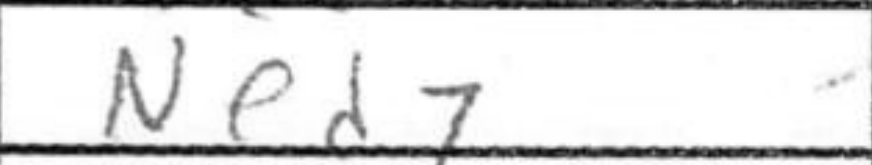
Transcription: Ned7